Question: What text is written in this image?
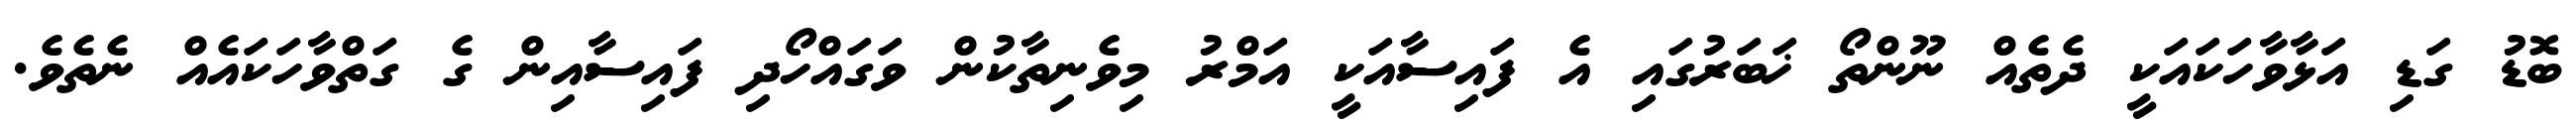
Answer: ބޮޑު ގަޑި އަޅާވާހަކައަކީ ދެތެއް ނޫންތޯ ޚަބަރުގައި އެ ފައިސާއަކީ އަމްރު މިވެނިތާކުން ވަގައްހޯދި ފައިސާއިން ގެ ގަތްވާހަކައެއް ނެތެވެ.